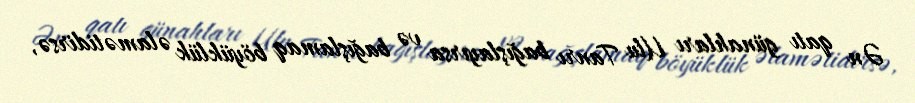
Ən qatı günahları Ulu Tanrı bağışlayırsa və bağışlamaq böyüklük əlamətidirsə,